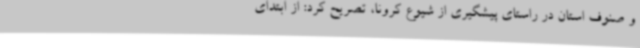
و صنوف استان در راستای پیشگیری از شیوع کرونا، تصریح کرد: از ابتدای